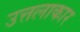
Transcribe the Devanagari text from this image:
उत्तलाकार